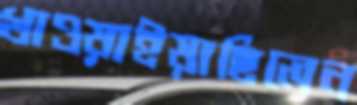
খাওয়াইয়াছিলেন